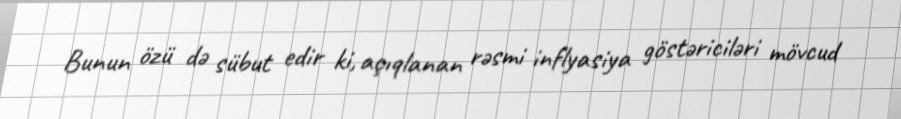
Bunun özü də sübut edir ki, açıqlanan rəsmi inflyasiya göstəriciləri mövcud